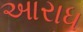
આરાધ